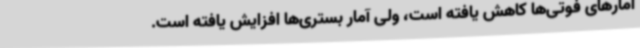
آمارهای فوتی‌ها کاهش یافته است، ولی آمار بستری‌ها افزایش یافته است.